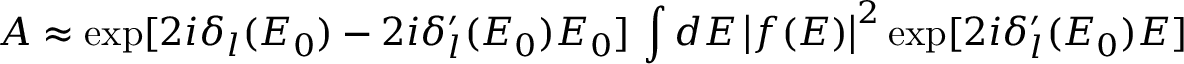
A \approx \exp [ 2 i \delta _ { l } ( E _ { 0 } ) - 2 i \delta _ { l } ^ { \prime } ( E _ { 0 } ) E _ { 0 } ] \, \int { d E \left| { f ( E ) } \right| ^ { 2 } \exp [ 2 i \delta _ { l } ^ { \prime } ( E _ { 0 } ) E ] }